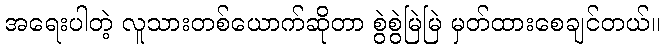
အရေးပါတဲ့ လူသားတစ်ယောက်ဆိုတာ စွဲစွဲမြဲမြဲ မှတ်ထားစေချင်တယ်။